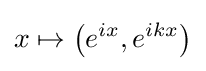
x\mapsto \left(e^{ix},e^{ikx}\right)